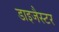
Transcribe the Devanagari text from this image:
डाइजैस्टर